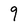
Character: 9